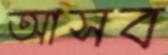
আসব